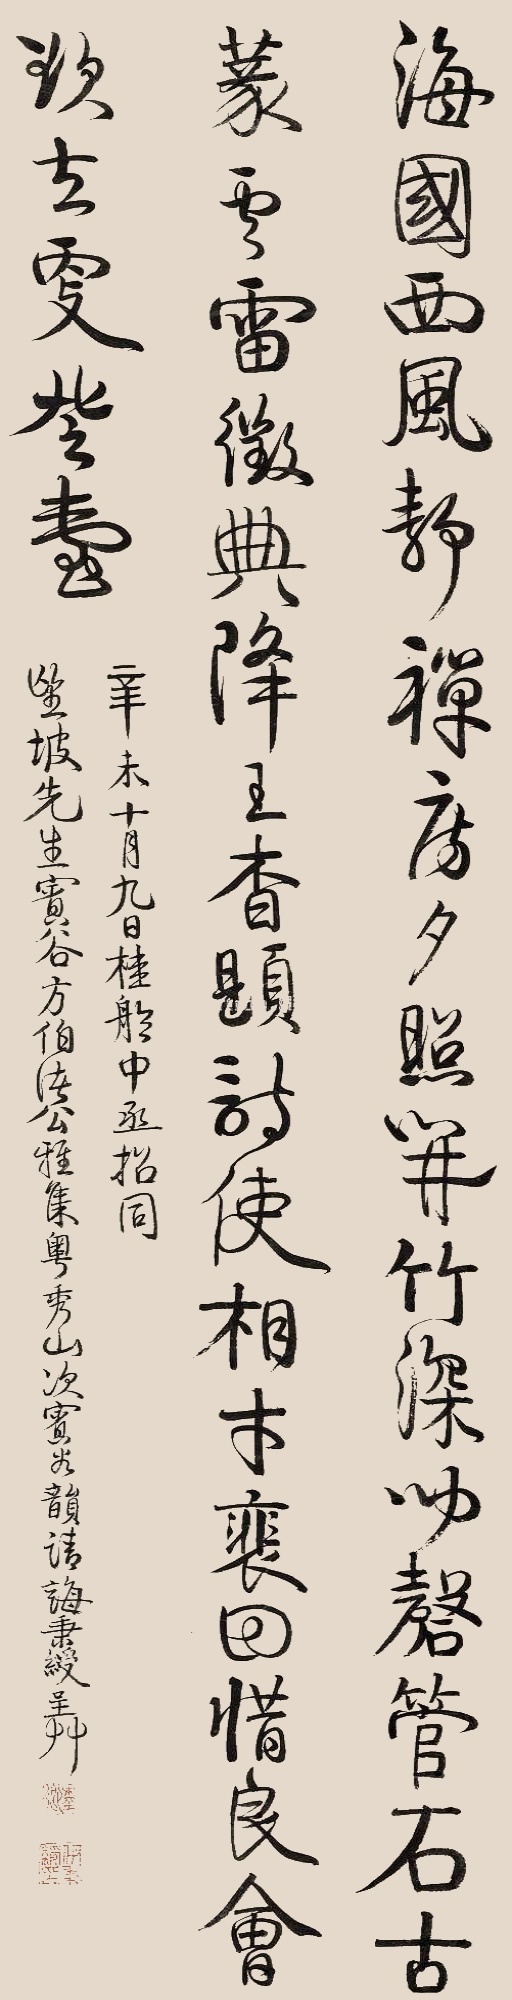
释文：海国西风静，禅房夕照开。竹深闻磬管，石古篆云雷。征典降王杳，题诗使相才。徘徊惜良会，欲去更登台。辛未十月九日，桂舲中丞招同望坡先生宾谷方伯诸公雅集粤秀山，次宾谷韵请诲，秉绶呈草。